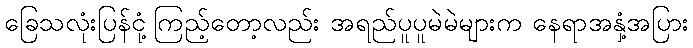
ခြေသလုံးပြန်ငုံ့ကြည့်တော့လည်း အရည်ပူပူမဲမဲများက နေရာအနှံ့အပြား